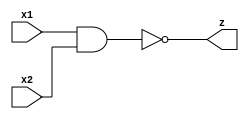
module gate(x1, x2, z);

input x1, x2;
output z;
wire z1;

    not n(z, z1);
    and a(z1, x1, x2);

endmodule